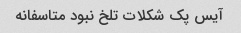
آیس پک شکلات تلخ نبود متاسفانه